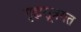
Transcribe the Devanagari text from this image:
गृह्यसूत्रगत